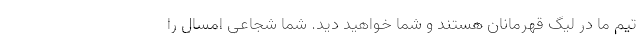
تیم ما در لیگ قهرمانان هستند و شما خواهید دید. شما شجاعی امسال را